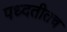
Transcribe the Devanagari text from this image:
पध्दतीतच